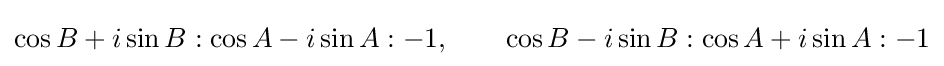
\cos B+i\sin B:\cos A-i\sin A:-1,\qquad \cos B-i\sin B:\cos A+i\sin A:-1